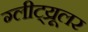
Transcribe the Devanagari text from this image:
ग्लीट्य्रूलर